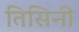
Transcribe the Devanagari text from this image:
तिसिनी